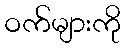
ဝက်များကို